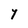
Character: Y